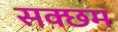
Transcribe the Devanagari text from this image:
सक्छम